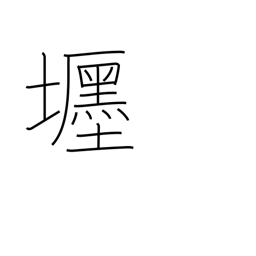
Meaning: fine residence